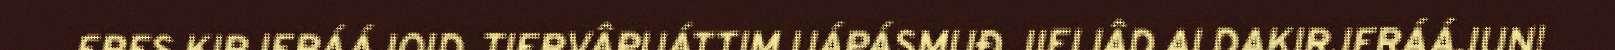
ERES KIRJERÁÁJOID. TIERVÂPUÁTTIM UÁPÁSMUĐ JIEIJÂD ALDAKIRJERÁÁJUN!